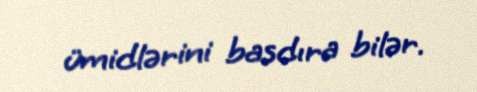
ümidlərini basdıra bilər.